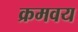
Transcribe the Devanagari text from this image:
क्रमवय